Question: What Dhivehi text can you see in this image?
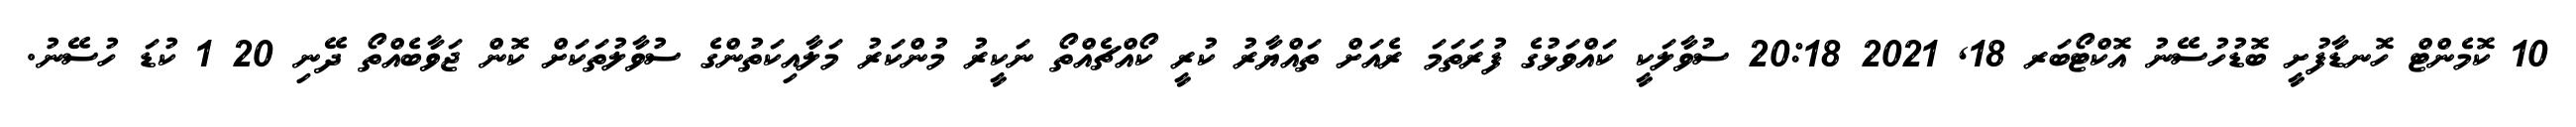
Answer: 10 ކޮމެންޓް ހޮނޑާފުށީ ބޮޑުހުސޭނު އޮކްޓޯބަރ 18, 2021 20:18 ސުވާލަކީ ކައްވަޅުގެ ފުރަތަމަ ރެއަށް ތައްޔާރު ކުރީ ކޯއްޗެއްތޯ ނަކީރު މުންކަރު މަލާއިކަތުންގެ ސުވާލުތަކަށް ކޮން ޖަވާބެއްތޯ ދޭނި 20 1 ކުޑަ ހުސޭނު.